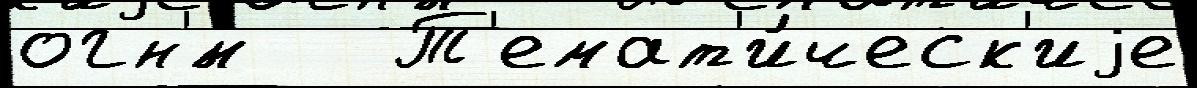
огн'́м   Т'емат'и́ческ'иjе